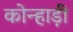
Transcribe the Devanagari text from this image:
कोन्हाड़ी